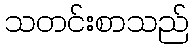
သတင်းစာသည်